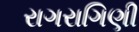
રાગરાગિણી